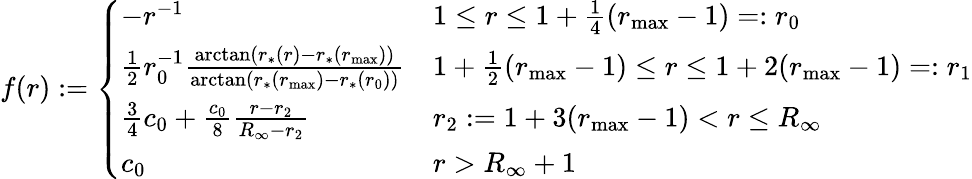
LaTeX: f(r):=\left\{ \begin{array}{ll}{-r^{-1}}&{1\leq r\leq 1+\frac{1}{4}(r_{\mathrm{max}}-1)=:r_{0}}\\ {\frac{1}{2}r_{0}^{-1}\frac{\arctan(r_{*}(r)-r_{*}(r_{\mathrm{max}}))}{\arctan(r_{*}(r_{\mathrm{max}})-r_{*}(r_{0}))}}&{1+\frac{1}{2}(r_{\mathrm{max}}-1)\leq r\leq 1+2(r_{\mathrm{max}}-1)=:r_{1}}\\ {\frac{3}{4}c_{0}+\frac{c_{0}}{8}\frac{r-r_{2}}{R_{\infty}-r_{2}}}&{r_{2}:=1+3(r_{\mathrm{max}}-1)<r\leq R_{\infty}}\\ {c_{0}}&{r>R_{\infty}+1}\end{array}\right.